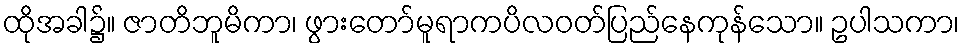
ထိုအခါ၌။ ဇာတိဘူမိကာ၊ ဖွားတော်မူရာကပိလဝတ်ပြည်နေကုန်သော။ ဥပါသကာ၊